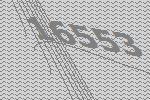
16553